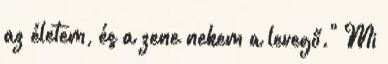
az életem, és a zene nekem a levegő." Mi